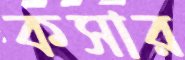
কসার